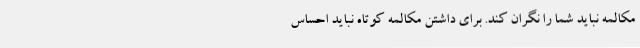
مکالمه نباید شما را نگران کند. برای داشتن مکالمه کوتاه نباید احساس